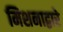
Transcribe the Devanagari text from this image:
मिशनाद्वारे